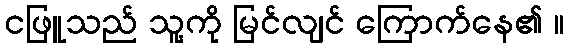
ငဖြူသည် သူ့ကို မြင်လျင် ကြောက်နေ၏ ။